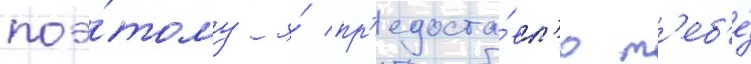
поэ́тому я́ пр'едоста́вл'ю т'еб'е́